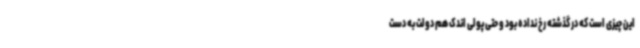
این چیزی است که در گذشته رخ نداده بود و حتی پولی اندک هم دولت به دست